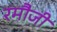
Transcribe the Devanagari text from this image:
रमौजी